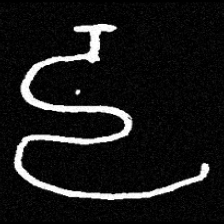
Pyu character \u2014 Myanmar letter: ဠ (romanized: lla)